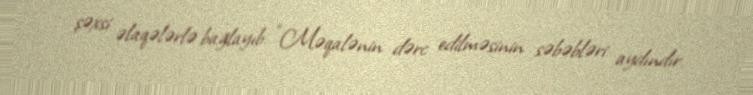
şəxsi əlaqələrlə bağlayıb: “Məqalənin dərc edilməsinin səbəbləri aydındır.